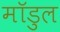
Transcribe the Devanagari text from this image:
मॉडुल